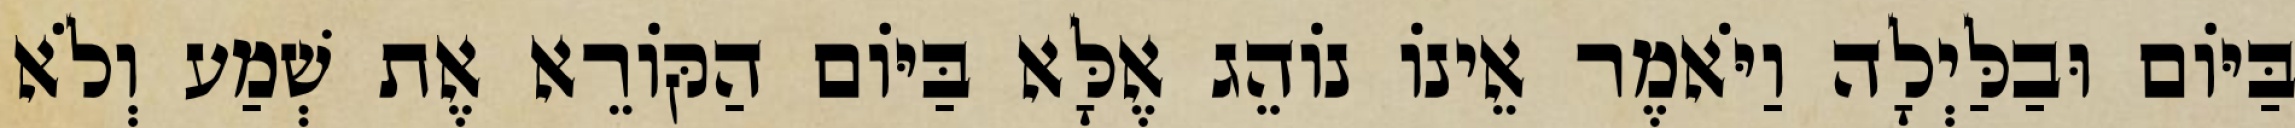
בַּיּוֹם וּבַלַּיְלָה וַיֹּאמֶר אֵינוֹ נוֹהֵג אֶלָּא בַּיּוֹם הַקּוֹרֵא אֶת שְׁמַע וְלֹא